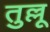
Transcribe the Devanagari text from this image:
तुल्लू